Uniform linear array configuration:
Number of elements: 64
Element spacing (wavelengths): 0.25
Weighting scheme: kaiser
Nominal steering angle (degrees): -30
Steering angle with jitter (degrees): -31.803
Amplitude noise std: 0.05
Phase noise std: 0.05

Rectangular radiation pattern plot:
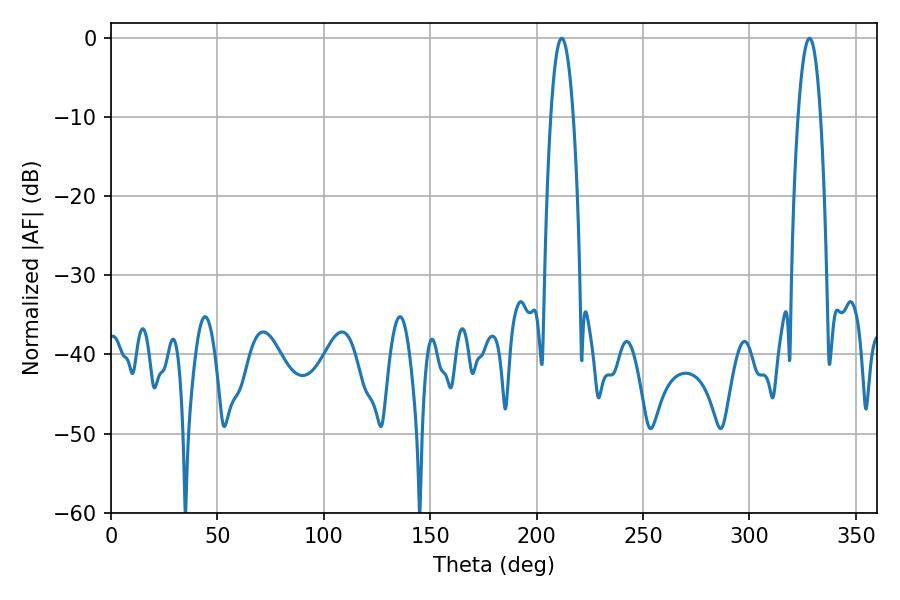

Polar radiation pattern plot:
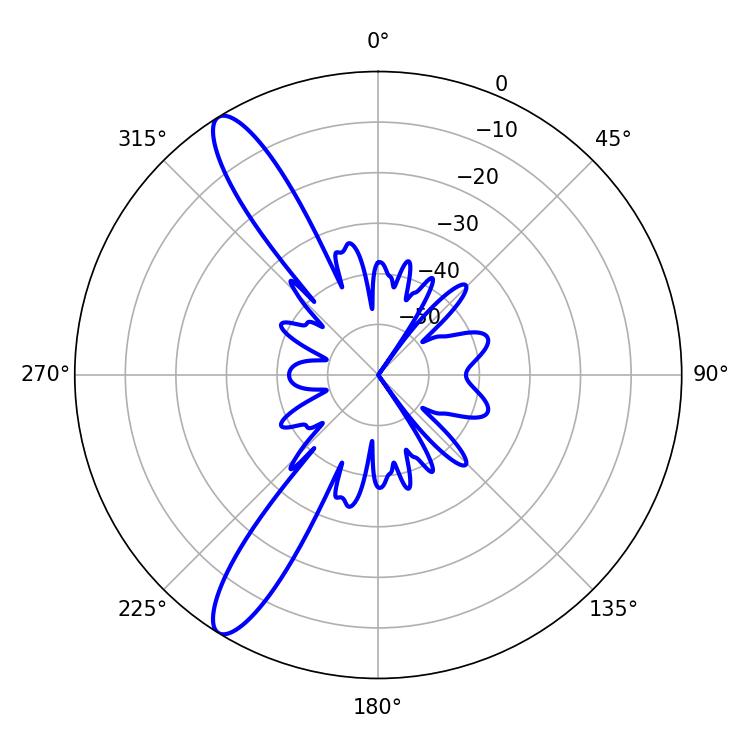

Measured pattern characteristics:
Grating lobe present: FALSE
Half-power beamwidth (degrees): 5.76
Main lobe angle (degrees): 211.86